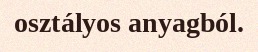
osztályos anyagból.